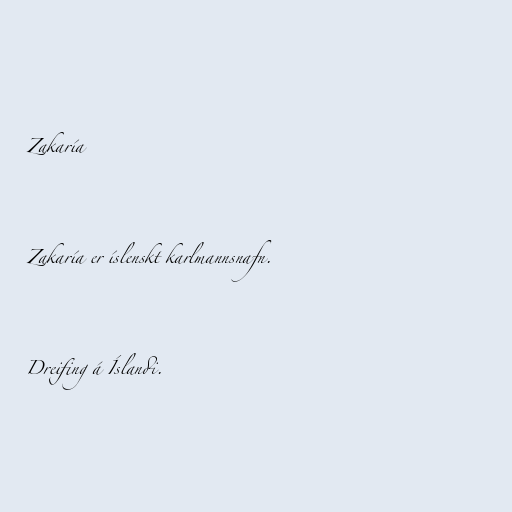
Zakaría

Zakaría er íslenskt karlmannsnafn.

Dreifing á Íslandi.